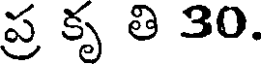
ప్ర కృ తి 30.